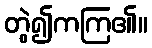
တွဲ၍ကကြ၏။